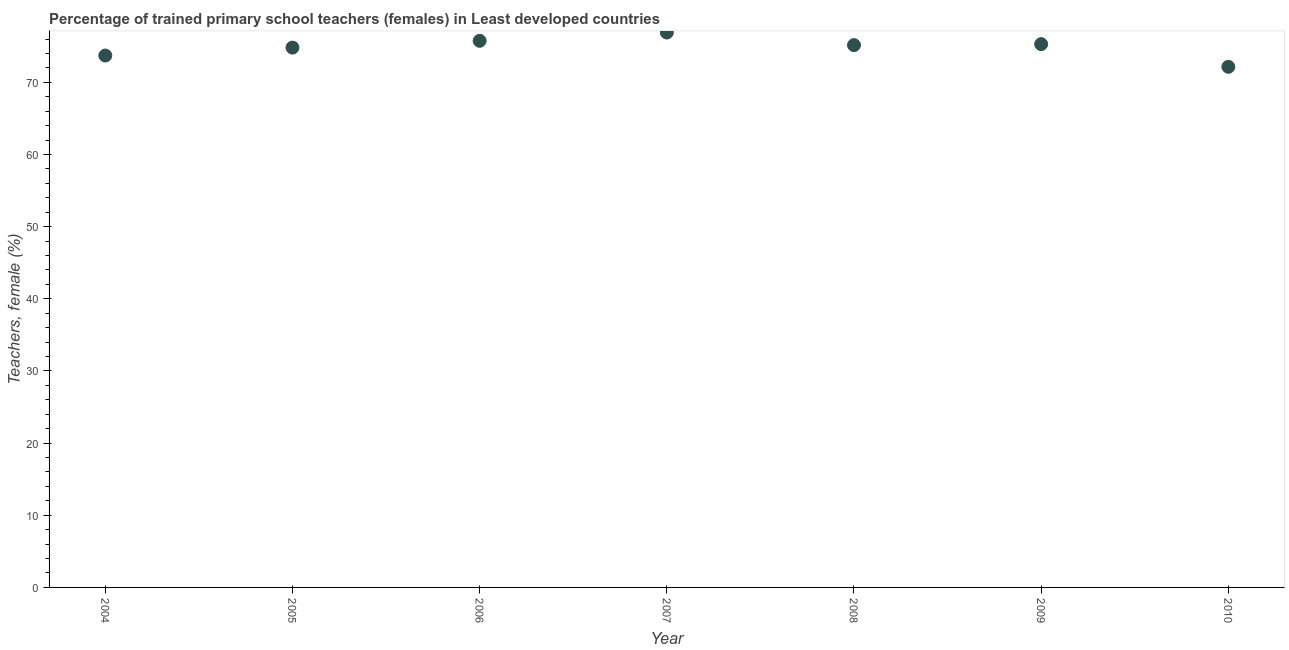
| Year | Trained teachers female |
 | --- | --- |
 | 2004 | 73.7 |
 | 2005 | 74.8 |
 | 2006 | 75.8 |
 | 2007 | 76.9 |
 | 2008 | 75.2 |
 | 2009 | 75.3 |
 | 2010 | 72.1 |